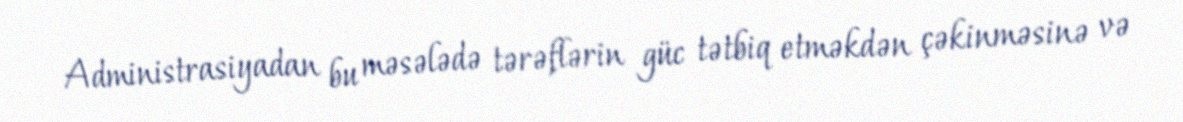
Administrasiyadan bu məsələdə tərəflərin güc tətbiq etməkdən çəkinməsinə və